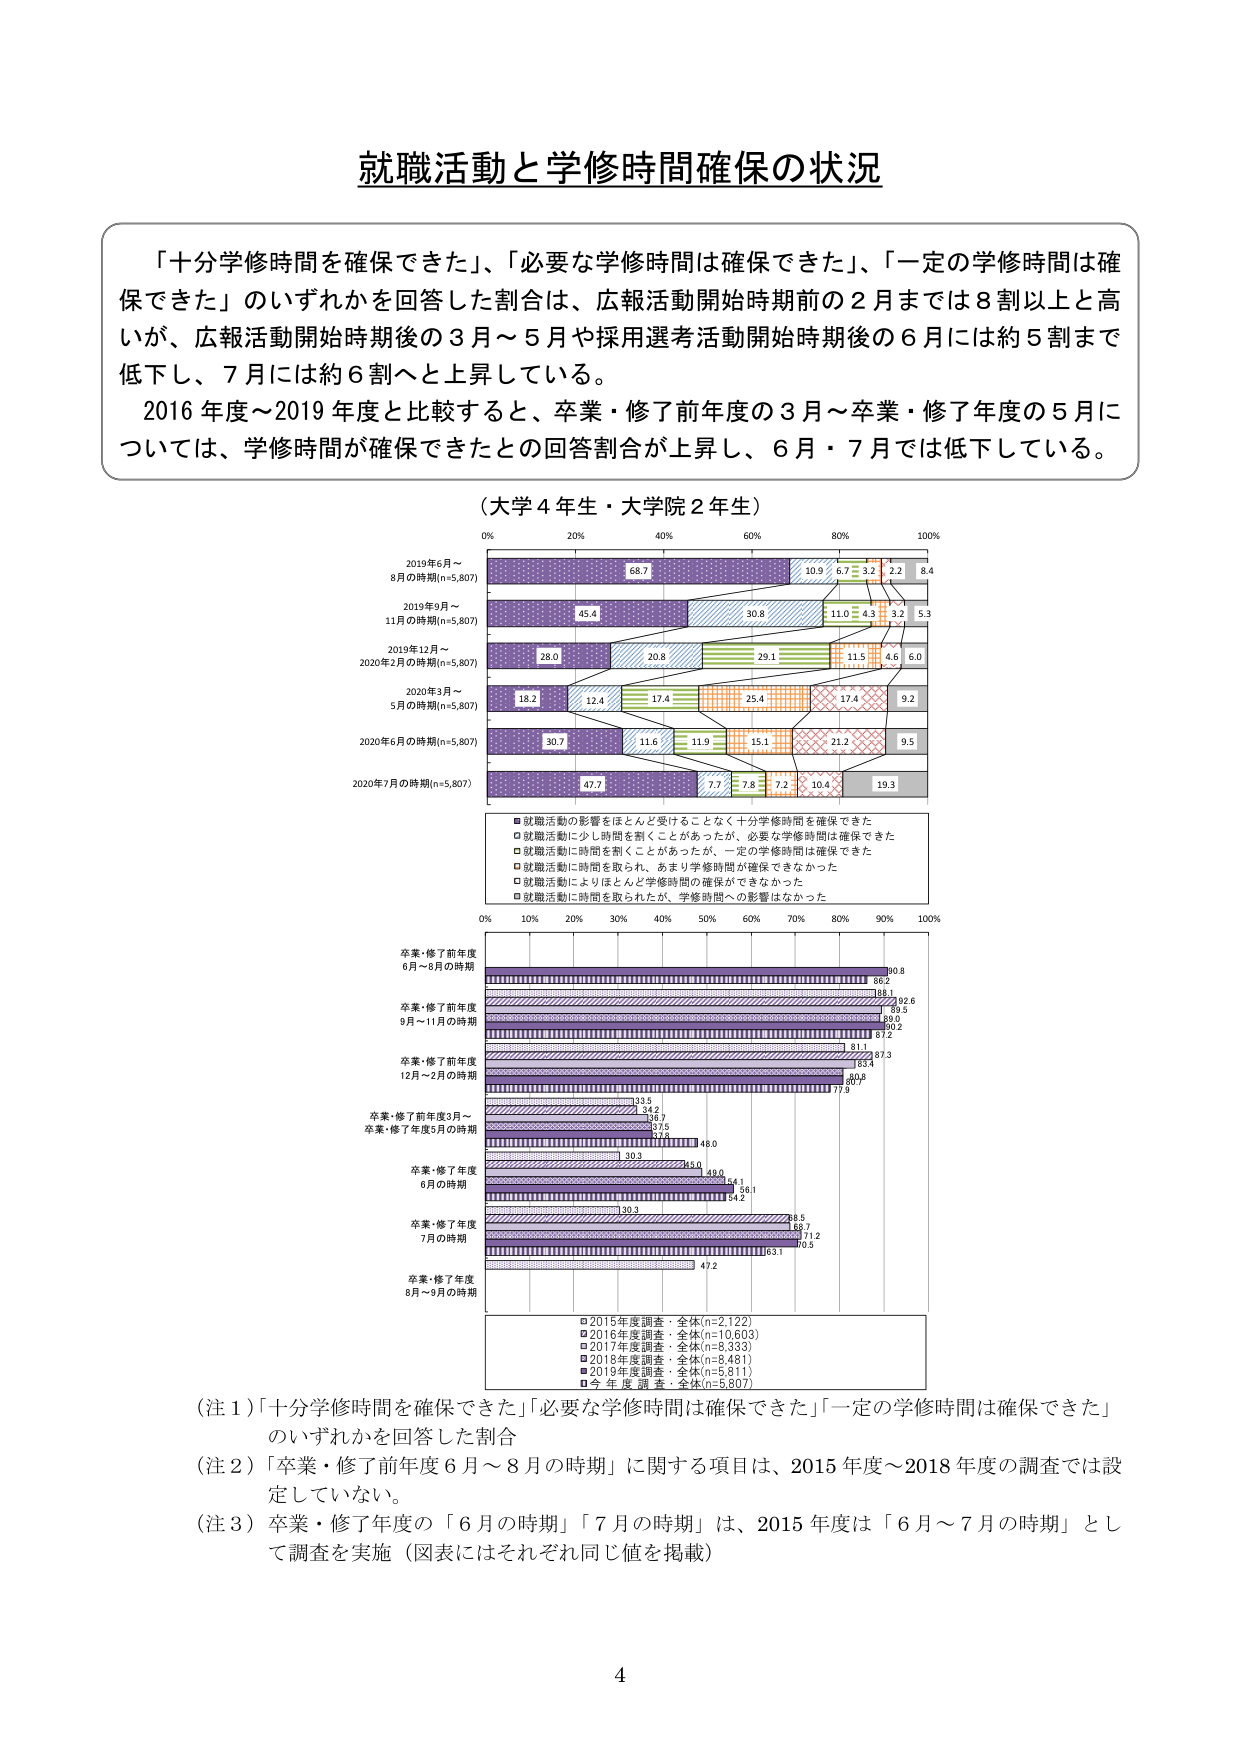
就職活動と学修時間確保の状況

「十分学修時間を確保できた」、「必要な学修時間は確保できた」、「一定の学修時間は確保できた」のいずれかを回答した割合は、広報活動開始時期前の2月までは8割以上と高いが、広報活動開始時期後の3月～5月や採用選考活動開始時期後の6月には約5割まで低下し、7月には約6割へと上昇している。
2016年度～2019年度と比較すると、卒業・修了前年度の3月～卒業・修了年度の5月については、学修時間が確保できたとの回答割合が上昇し、6月・7月では低下している。

（大学4年生・大学院2年生）

0% 20% 40% 60% 80% 100%
2019年6月～
8月の時期(n=5,807) 68.7 10.9 6.7 3.2 2.2 8.4
2019年9月～
11月の時期(n=5,807) 45.4 30.8 11.0 4.3 3.2 5.3
2019年12月～
2020年2月の時期(n=5,807) 28.0 20.8 29.1 11.5 4.6 6.0
2020年3月～
5月の時期(n=5,807) 18.2 12.4 17.4 25.4 17.4 9.2
2020年6月の時期(n=5,807) 30.7 11.6 11.9 15.1 21.2 9.5
2020年7月の時期(n=5,807) 47.7 7.7 7.8 7.2 10.4 19.3

■就職活動の影響をほとんど受けることなく十分学修時間を確保できた
□就職活動に少し時間を割くことがあったが、必要な学修時間は確保できた
■就職活動に時間を割くことがあったが、一定の学修時間は確保できた
□就職活動に時間を取られ、あまり学修時間が確保できなかった
■就職活動によりほとんど学修時間の確保ができなかった
□就職活動に時間を取られたが、学修時間への影響はなかった

0% 10% 20% 30% 40% 50% 60% 70% 80% 90% 100%
卒業・修了前年度
6月～8月の時期 90.8 66.2 18.1 20.6 89.9 89.0 90.2 87.2
卒業・修了前年度
9月～11月の時期 81.1 87.3 80.8 77.9
卒業・修了前年度
12月～2月の時期 33.5 34.2 38.7 37.5 37.8 48.0 30.3 45.0 49.0 54.1 56.1 54.2
卒業・修了前年度3月～
卒業・修了年度5月の時期 30.3 45.0 49.0 54.1 56.1 54.2
卒業・修了年度
6月の時期 30.3 45.0 49.0 54.1 56.1 54.2
卒業・修了年度
7月の時期 30.3 45.0 49.0 54.1 56.1 54.2
卒業・修了年度
8月～9月の時期 47.2

□2015年度調査・全体(n=2,122)
□2016年度調査・全体(n=10,603)
□2017年度調査・全体(n=8,333)
□2018年度調査・全体(n=8,481)
■2019年度調査・全体(n=5,811)
■今年度調査・全体(n=5,807)

（注1）「十分学修時間を確保できた」「必要な学修時間は確保できた」「一定の学修時間は確保できた」のいずれかを回答した割合
（注2）「卒業・修了前年度6月～8月の時期」に関する項目は、2015年度～2018年度の調査では設定していない。
（注3）卒業・修了年度の「6月の時期」「7月の時期」は、2015年度は「6月～7月の時期」として調査を実施（図表にはそれぞれ同じ値を掲載）

4